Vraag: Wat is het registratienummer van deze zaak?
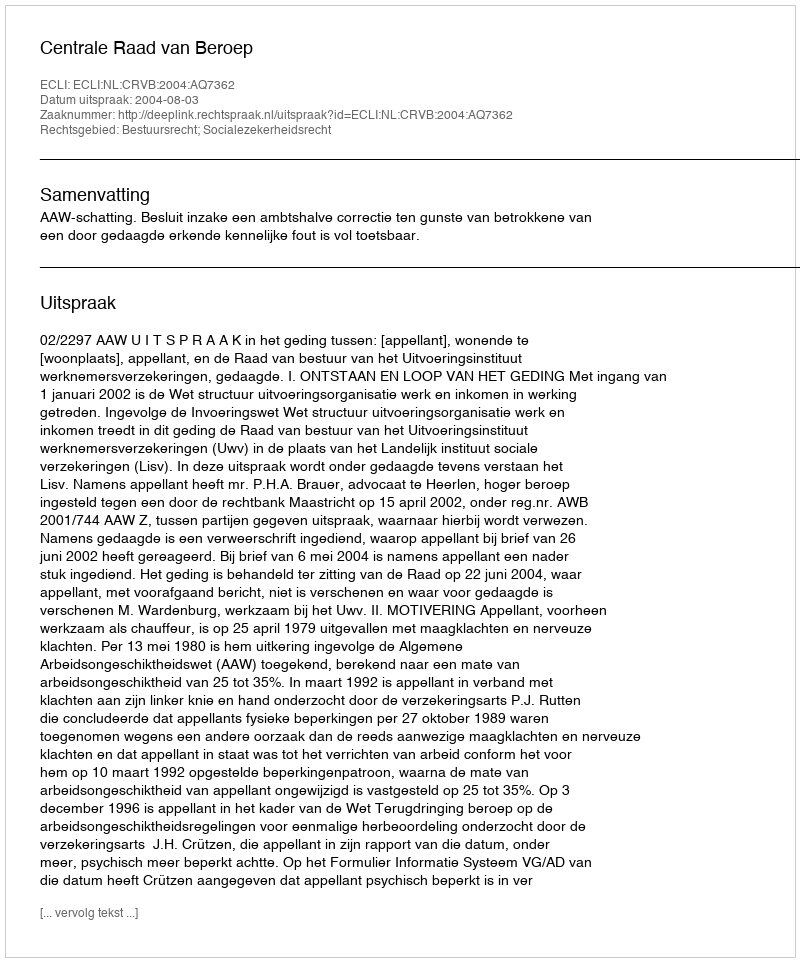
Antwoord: http://deeplink.rechtspraak.nl/uitspraak?id=ECLI:NL:CRVB:2004:AQ7362